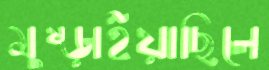
মুষ্‌ড়াইয়াছিলে